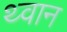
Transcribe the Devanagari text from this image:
थ्वान